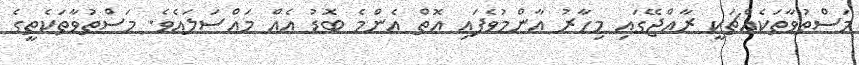
މަސްތުވާތަކެއްޗަކީ ރާއްޖޭގައި މިހާރު އާންމުވެފައި އޮތް އެންމެ ބޮޑު އެއް މައްސަލައެވެ. މަސްތުވާތަކެތީގެ